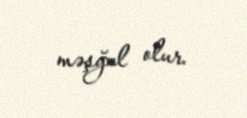
məşğul olur.